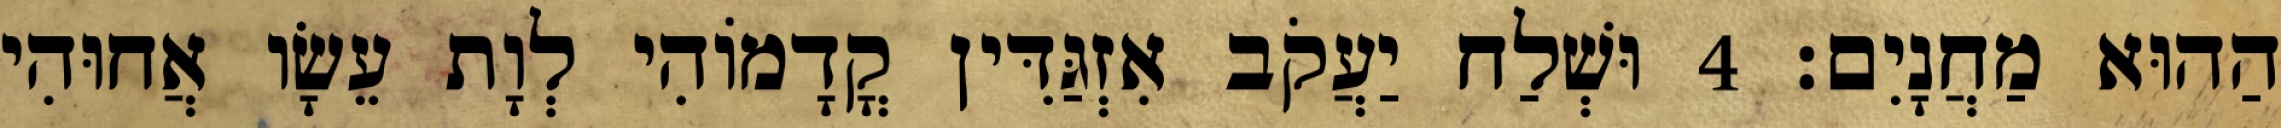
הַהוּא מַחֲנָיִם׃ 4 וּשְׁלַח יַעֲקֹב אִזְגַּדִּין קֳדָמוֹהִי לְוָת עֵשָׂו אֲחוּהִי